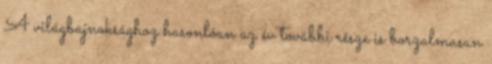
A világbajnoksághoz hasonlóan az év további része is borzalmasan